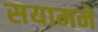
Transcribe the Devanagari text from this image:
सयामने